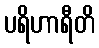
ပရိဟာရီတိ